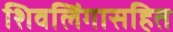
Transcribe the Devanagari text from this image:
शिवलिंगासहित